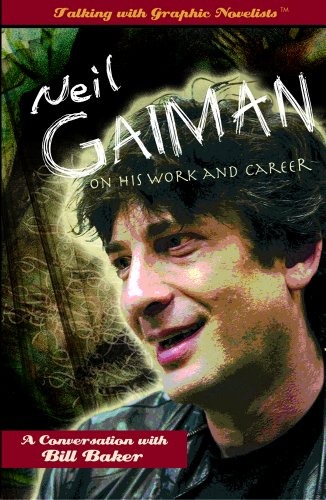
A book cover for Neil Gaiman on His Work and Career (Talking With Graphic Novelists); Bill Baker; Teen & Young Adult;